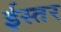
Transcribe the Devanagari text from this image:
ईस्तर